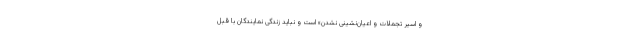
و اسیر تجملات و اعیان‌نشینی نشدن» است و نباید زندگی نمایندگان با قبل